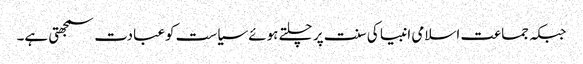
جبکہ جماعت اسلامی انبیا کی سنت پر چلتے ہوئے سیاست کوعبادت سمجھتی ہے۔